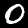
Label: 0